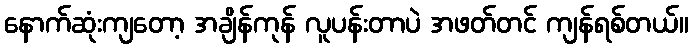
နောက်ဆုံးကျတော့ အချိန်ကုန် လူပန်းတာပဲ အဖတ်တင် ကျန်ရစ်တယ်။